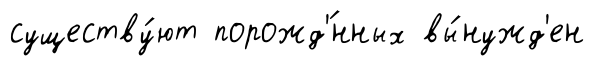
существу́ют порожд'́нных вы́нужд'ен